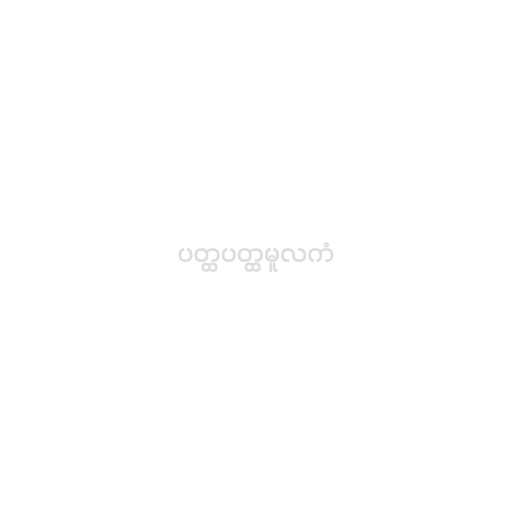
ပတ္ထပတ္ထမူလကံ